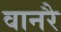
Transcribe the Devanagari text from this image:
वानरै